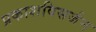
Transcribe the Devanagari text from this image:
प्रकाशविसर्जन